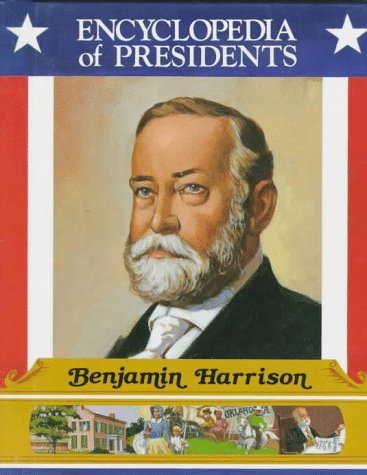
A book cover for Benjamin Harrison: Twenty-Third President of the United States (Encyclopedia of Presidents); Susan Clinton; Teen & Young Adult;